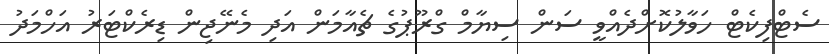
ސެޓްފިކެޓް ހަވާލުކޮށްދެއްވީ ސަން ސިޔާމް ގްރޫޕުގެ ޗެއާމަން އަދި މެނޭޖިން ޑިރެކްޓަރު އަހްމަދު